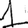
Digit: 1